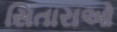
સિતારાઓ